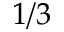
1 / 3